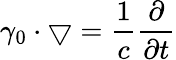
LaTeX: \gamma_{0}\cdot\bigtriangledown={\frac{1}{c}}{\frac{\partial}{\partial t}}